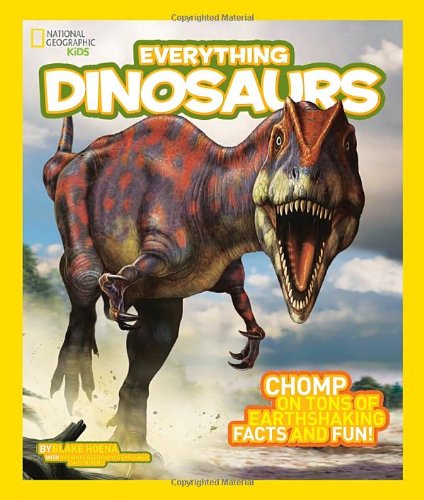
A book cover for National Geographic Kids Everything Dinosaurs: Chomp on Tons of Earthshaking Facts and Fun; Blake Hoena; Children's Books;